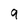
Character: 9